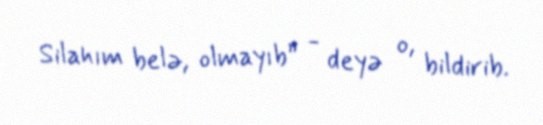
Silahım belə, olmayıb” - deyə o, bildirib.